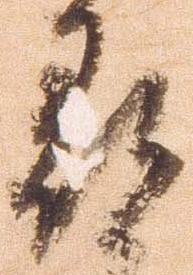
尋